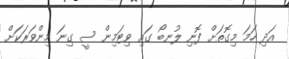
އަދި ހަމަ މިގޮތަށް ފޮނި ލުނބޯ ގައި ވިޓަމިން ސީ ގިނަ މިންވަރަކަށް